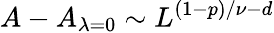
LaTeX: A-A_{\lambda=0}\sim L^{(1-p)/\nu-d}